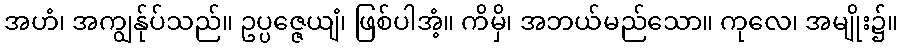
အဟံ၊ အကျွန်ုပ်သည်။ ဥပ္ပဇ္ဇေယျံ၊ ဖြစ်ပါအံ့။ ကိမှိ၊ အဘယ်မည်သော။ ကုလေ၊ အမျိုး၌။